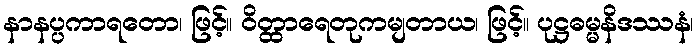
နာနပ္ပကာရတော၊ ဖြင့်။ ဝိတ္ထာရေတုကမျတာယ၊ ဖြင့်။ ပုဋ္ဌဓမ္မနိဒဿနံ၊